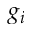
g _ { i }